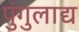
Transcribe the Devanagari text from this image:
पुंगुलाद्य